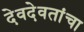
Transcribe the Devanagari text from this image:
देवदेवतांचा